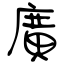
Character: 廣